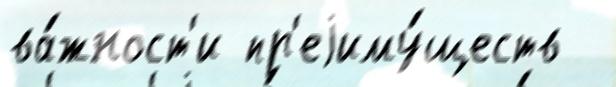
ва́жност'и пр'еjиму́ществ